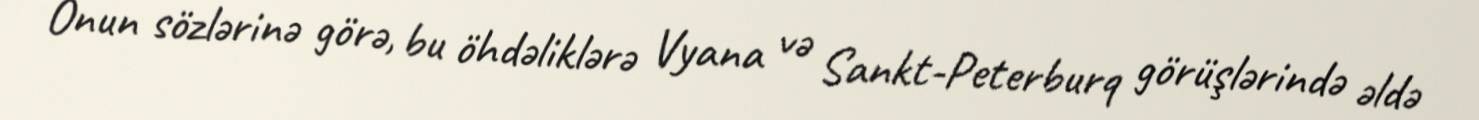
Onun sözlərinə görə, bu öhdəliklərə Vyana və Sankt-Peterburq görüşlərində əldə